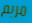
مريم